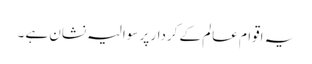
یہ اقوام عالم کے کردار پر سوالیہ نشان ہے ۔